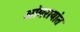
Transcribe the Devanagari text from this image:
आंबरायांत